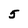
Character: 5